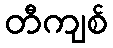
တီကျစ်